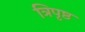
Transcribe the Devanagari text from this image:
त्रिपृष्ठ